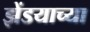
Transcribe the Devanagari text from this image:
झेंडयाच्या